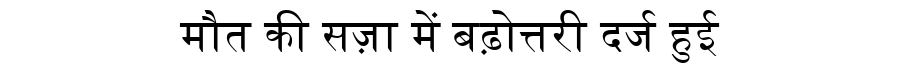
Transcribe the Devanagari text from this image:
मौत की सज़ा में बढ़ोत्तरी दर्ज हुई